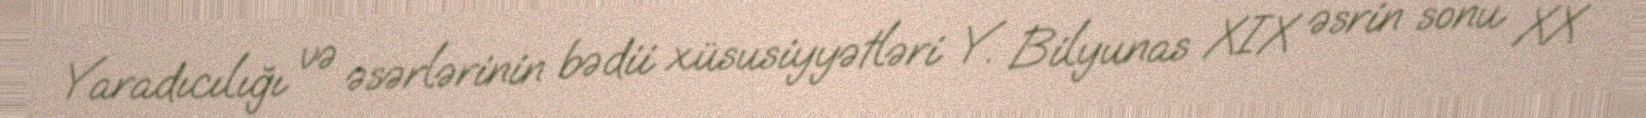
Yaradıcılığı və əsərlərinin bədii xüsusiyyətləri Y. Bilyunas XIX əsrin sonu XX